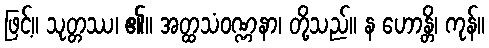
ဖြင့်။ သုတ္တဿ၊ ၏။ အတ္ထသံဝဏ္ဏနာ၊ တို့သည်။ န ဟောန္တိ၊ ကုန်။